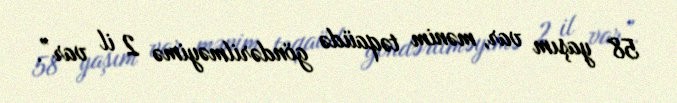
58 yaşım var, mənim təqaüdə göndərilməyimə 2 il var”.